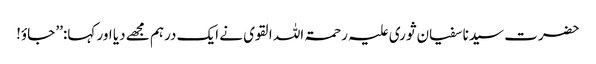
حضرت سیدنا سفیان ثوری علیہ رحمۃ اللہ القوی نے ایک درہم مجھے دیا اور کہا:’’ جاؤ!